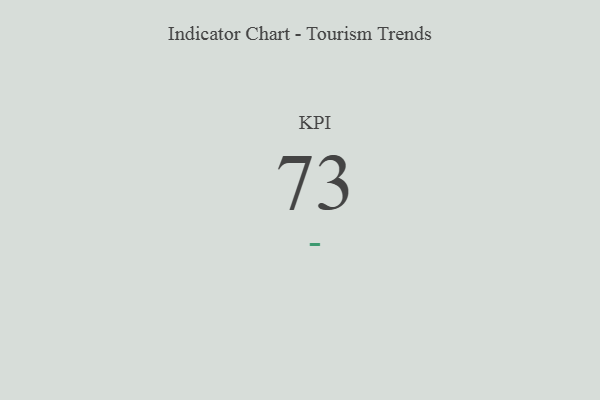
{"axis": {"x": "KPI", "y": "Value"}, "legend": [""], "data": [{"x": "KPI", "y": 73, "type": ""}]}